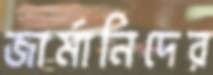
জার্মানিদের